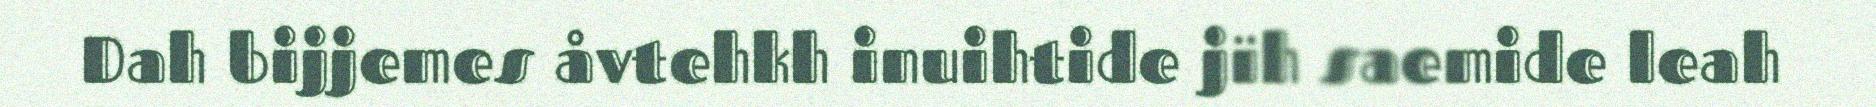
Dah bijjemes åvtehkh inuihtide jïh saemide leah